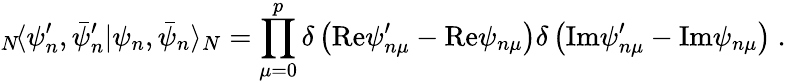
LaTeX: {}_{N}\! \langle\psi_{n}^{\prime},\bar{\psi}_{n}^{\prime}|\psi_{n},\bar{\psi}_{n}\rangle_{N}=\prod_{\mu=0}^{p}\delta\left(\mathrm{Re}\psi_{n\mu}^{\prime}-\mathrm{Re}\psi_{n\mu}\right)\delta\left(\mathrm{Im}\psi_{n\mu}^{\prime}-\mathrm{Im}\psi_{n\mu}\right)~.